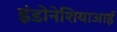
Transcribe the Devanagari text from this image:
इंडोनेशियाआई